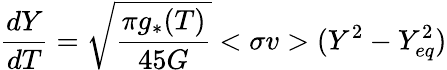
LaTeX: \frac{dY}{dT}=\sqrt{\frac{\pi g_{*}(T)}{45G}}<\sigma v>(Y^{2}-Y_{eq}^{2})